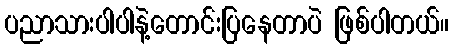
ပညာသားပါပါနဲ့တောင်းပြနေတာပဲ ဖြစ်ပါတယ်။